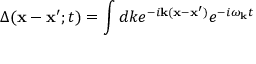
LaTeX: \Delta ( { \bf x } - { \bf x } ^ { \prime } ; t ) = \int d k e ^ { - i { \bf k } ( { \bf x } - { \bf x } ^ { \prime } ) } e ^ { - i \omega _ { \bf k } t }